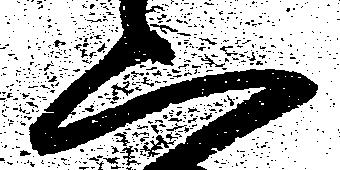
二